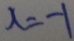
x = - 1